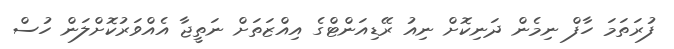
ފުރަތަމަ ހާފް ނިމެން ދަނިކޮށް ނިއު ރޭޑިއަންޓްގެ އިއްޒަތަށް ނަތީޖާ އެއްވަރުކޮށްލަން ހުސް